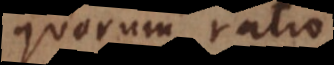
quorum ratio